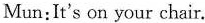
Mun:It's on your chair.